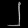
Digit: ၂